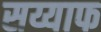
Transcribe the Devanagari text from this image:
सय्याफ